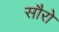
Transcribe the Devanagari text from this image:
सौरो